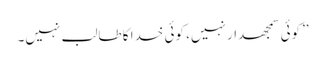
’’کوئی سمجھدار نہیں، کوئی خدا کا طالب نہیں۔